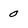
Character: 0